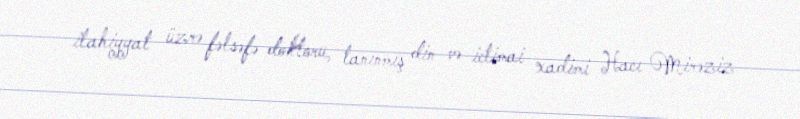
ilahiyyat üzrə fəlsəfə doktoru, tanınmış din və ictimai xadimi Hacı Mirəziz